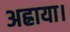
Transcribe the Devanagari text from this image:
अह्राया।